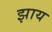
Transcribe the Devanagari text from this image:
झाय